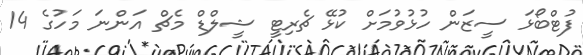
ފުޓްބޯޅަ ސީޒަން ހުޅުވުމަށް ކުޅޭ ޗެރިޓީ ޝީލްޑް މެޗް އަންނަ މަހުގެ 14